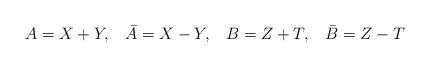
LaTeX: \begin{align*}A=X+Y ,\;\;\;\bar{A}=X-Y ,\;\;\;B=Z+T ,\;\;\;\bar{B}=Z-T\end{align*}